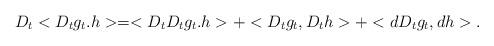
LaTeX: \begin{align*} D_t < D_t g_t . h> =<D_t D_t g_t .h>+<D_t g_t ,D_t h> +<dD_t g_t , dh>.\end{align*}